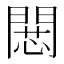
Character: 𢠶